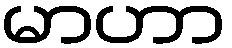
မာဟာ